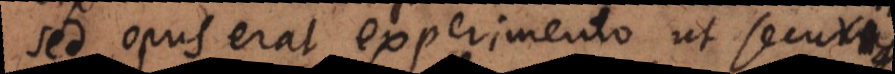
sed opus erat experimento ut securi